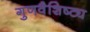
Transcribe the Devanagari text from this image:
गुणवैशिष्ट्य